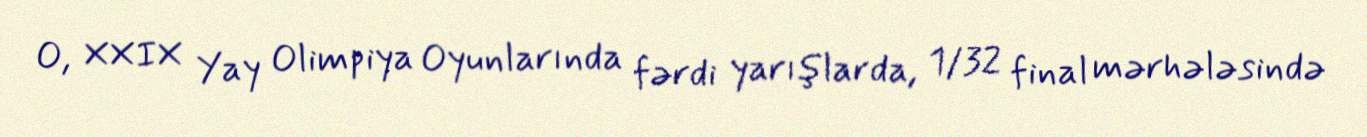
O, XXIX Yay Olimpiya Oyunlarında fərdi yarışlarda, 1/32 final mərhələsində